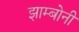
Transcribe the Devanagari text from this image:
झाम्बोनी